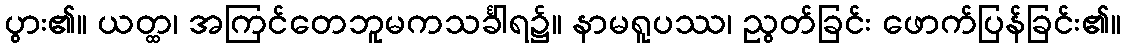
ပွား၏။ ယတ္ထ၊ အကြင်တေဘူမကသင်္ခါရ၌။ နာမရူပဿ၊ ညွတ်ခြင်း ဖောက်ပြန်ခြင်း၏။